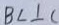
B C \bot C